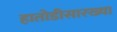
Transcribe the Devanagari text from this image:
हातोडीसारख्या